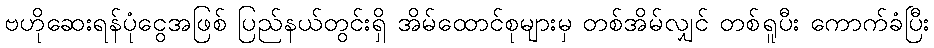
ဗဟိုဆေးရန်ပုံငွေအဖြစ် ပြည်နယ်တွင်းရှိ အိမ်ထောင်စုများမှ တစ်အိမ်လျှင် တစ်ရူပီး ကောက်ခံပြီး